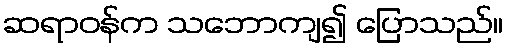
ဆရာဝန်က သဘောကျ၍ ပြောသည်။